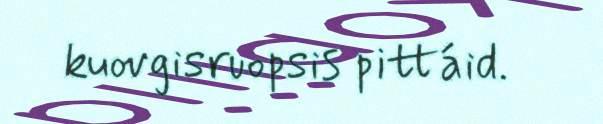
kuovgisruopsis pittáid.